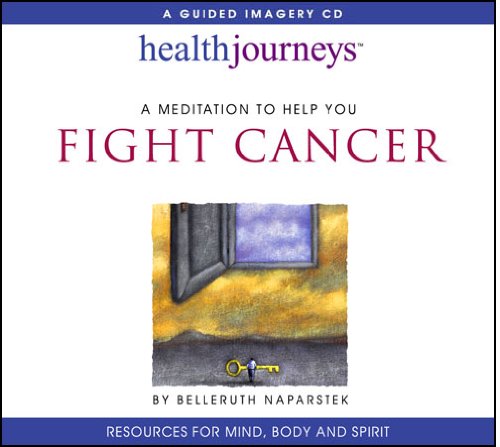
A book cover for Meditation to Help You Fight Cancer; Belleruth Naparstek; Health, Fitness & Dieting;